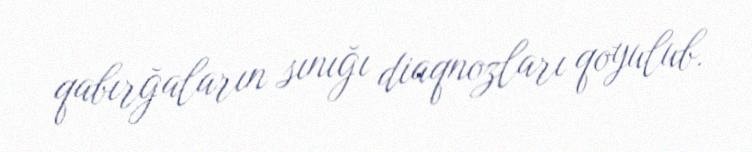
qabırğaların sınığı diaqnozları qoyulub.